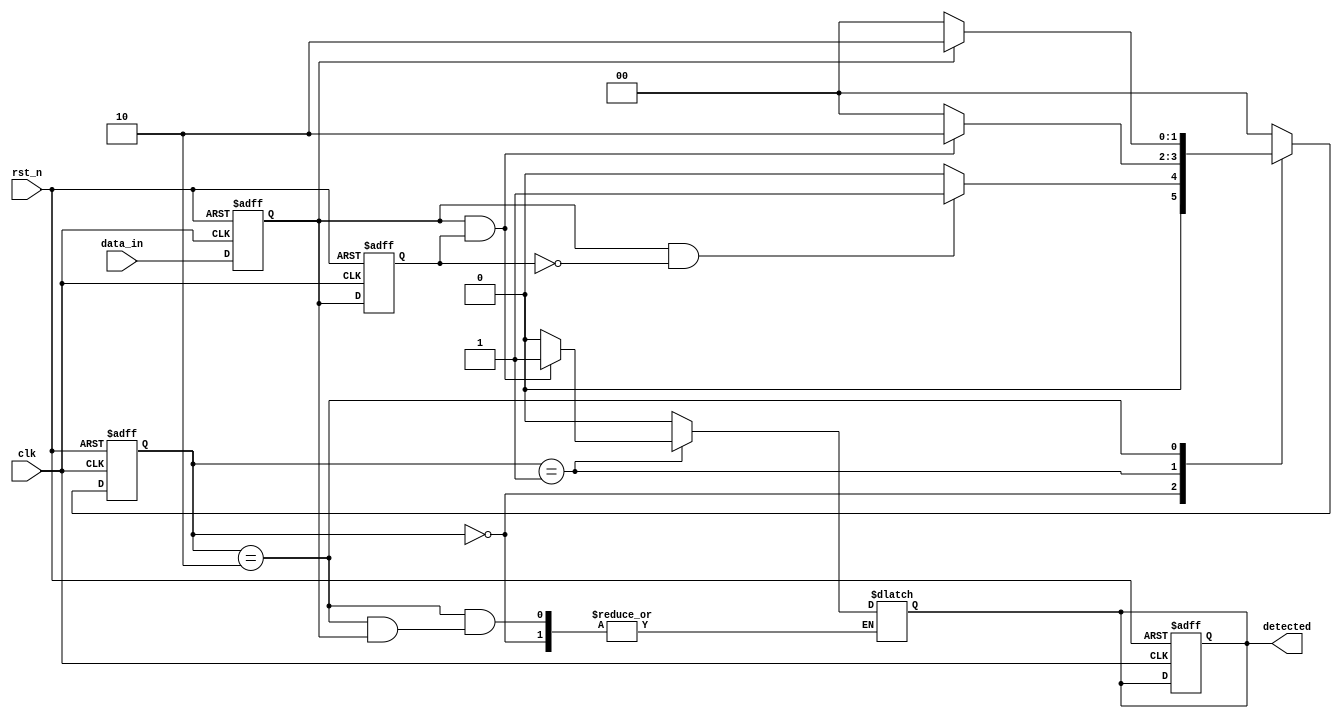
module dual_ff_detector (
    input wire clk,          // Clock signal
    input wire rst_n,       // Asynchronous active-low reset
    input wire data_in,     // Primary input signal
    output reg detected      // Output signal indicating detection
);

// Internal signals for flip-flops
reg ff1, ff2;

// State machine states
localparam IDLE = 2'b00;
localparam DETECTION = 2'b01;
localparam OUTPUT = 2'b10;

reg [1:0] state, next_state;

// Flip-flops for synchronization
always @(posedge clk or negedge rst_n) begin
    if (!rst_n) begin
        ff1 <= 1'b0;
        ff2 <= 1'b0;
    end else begin
        ff1 <= data_in;         // Store current data_in
        ff2 <= ff1;             // Store previous ff1 state
    end
end

// State machine logic
always @(posedge clk or negedge rst_n) begin
    if (!rst_n) begin
        state <= IDLE;         // Initialize state to IDLE
        detected <= 1'b0;      // Initialize output to low
    end else begin
        state <= next_state;   // Transition to next state
    end
end

// Next state logic
always @(*) begin
    case (state)
        IDLE: begin
            if (ff1 && !ff2) begin // Rising edge detected
                next_state = DETECTION;
            end else begin
                next_state = IDLE;
            end
        end
        DETECTION: begin
            if (ff1 && ff2) begin // Condition met (both FFs are high)
                next_state = OUTPUT;
                detected = 1'b1;   // Assert detected signal
            end else begin
                next_state = IDLE;
                detected = 1'b0;   // Reset detected signal
            end
        end
        OUTPUT: begin
            if (!ff1) begin // Condition no longer met (FF1 goes low)
                next_state = IDLE;
                detected = 1'b0;   // Reset detected signal
            end else begin
                next_state = OUTPUT; // Remain in OUTPUT state
            end
        end
        default: begin
            next_state = IDLE;     // Default to IDLE state
            detected = 1'b0;       // Reset detected signal
        end
    endcase
end

endmodule